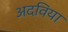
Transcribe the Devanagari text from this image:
अदविया